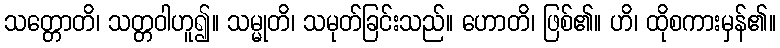
သတ္တောတိ၊ သတ္တဝါဟူ၍။ သမ္မုတိ၊ သမုတ်ခြင်းသည်။ ဟောတိ၊ ဖြစ်၏။ ဟိ၊ ထိုစကားမှန်၏။